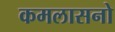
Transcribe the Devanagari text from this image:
कमलासनो